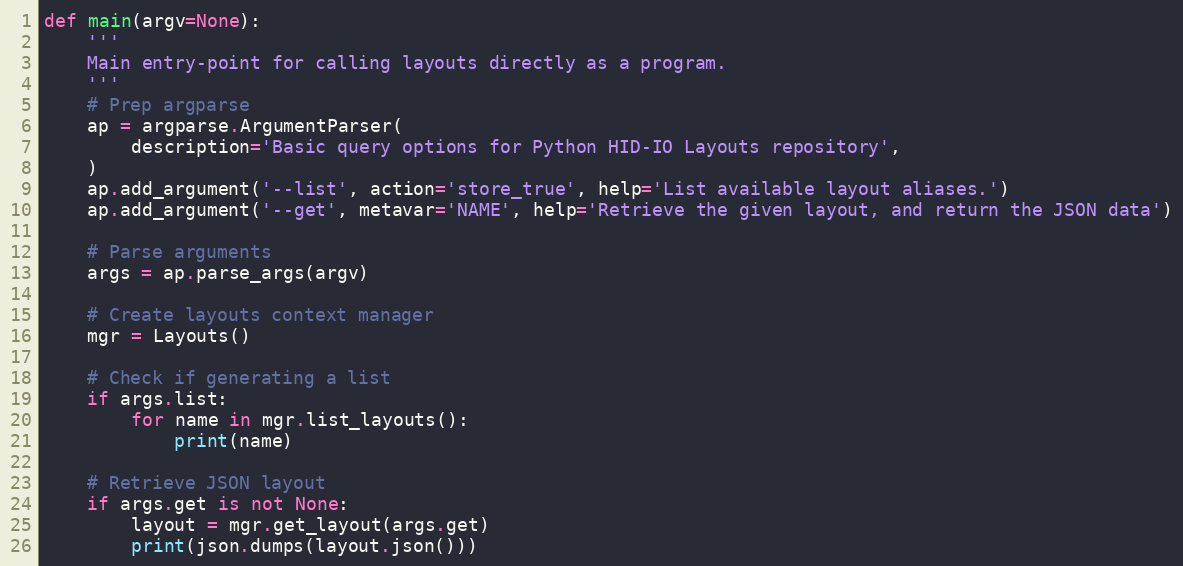
Language: Python
def main(argv=None):
    '''
    Main entry-point for calling layouts directly as a program.
    '''
    # Prep argparse
    ap = argparse.ArgumentParser(
        description='Basic query options for Python HID-IO Layouts repository',
    )
    ap.add_argument('--list', action='store_true', help='List available layout aliases.')
    ap.add_argument('--get', metavar='NAME', help='Retrieve the given layout, and return the JSON data')

    # Parse arguments
    args = ap.parse_args(argv)

    # Create layouts context manager
    mgr = Layouts()

    # Check if generating a list
    if args.list:
        for name in mgr.list_layouts():
            print(name)

    # Retrieve JSON layout
    if args.get is not None:
        layout = mgr.get_layout(args.get)
        print(json.dumps(layout.json()))